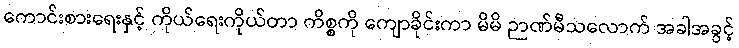
ကောင်းစားရေးနှင့် ကိုယ်ရေးကိုယ်တာ ကိစ္စကို ကျောခိုင်းကာ မိမိ ဉာဏ်မီသလောက် အခါအခွင့်